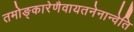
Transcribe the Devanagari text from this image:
तमोङ्कारेणैवायतनेनान्वेति